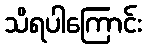
သိရပါကြောင်း